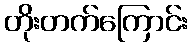
တိုးတက်ကြောင်း